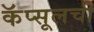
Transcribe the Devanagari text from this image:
कॅप्सूलची